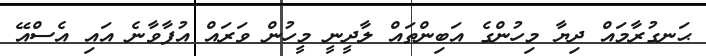
ޙަނގުރާމައް ދިޔާ މިހުންގެ އަބިންތައް ލާދީނީ މީހުން ވަރައް އުފާވާނެ އައި އެސްއޭ